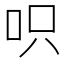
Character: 呮